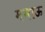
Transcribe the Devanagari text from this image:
ममाऊ